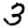
Digit: 3